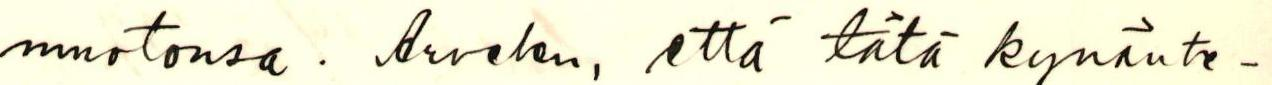
muotonsa. Arvelen, että tätä kynänte-